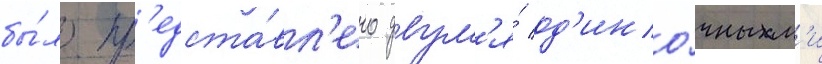
бы́ло пр'едста́вл'ено двум'я́ од'ино́чным'и